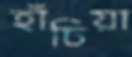
হাঁচিয়া